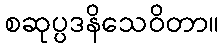
စဆုပ္ပဒနိသေဝိတာ။